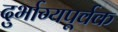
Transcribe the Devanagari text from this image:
दुर्भाग्यपूर्वक